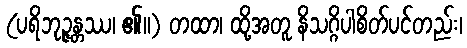
(ပရိဘုဉ္ဇန္တဿ၊ ၏။) တထာ၊ ထို့အတူ နိသဂ္ဂိပါစိတ်ပင်တည်း၊